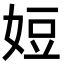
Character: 㛒